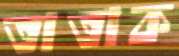
তাতাক